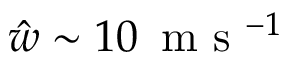
\hat { w } \sim 1 0 \, \mathrm { ~ m ~ s ~ } ^ { - 1 }